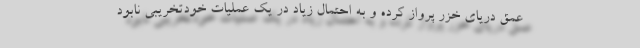
عمق دریای خزر پرواز کرده و به احتمال زیاد در یک عملیات خودتخریبی نابود